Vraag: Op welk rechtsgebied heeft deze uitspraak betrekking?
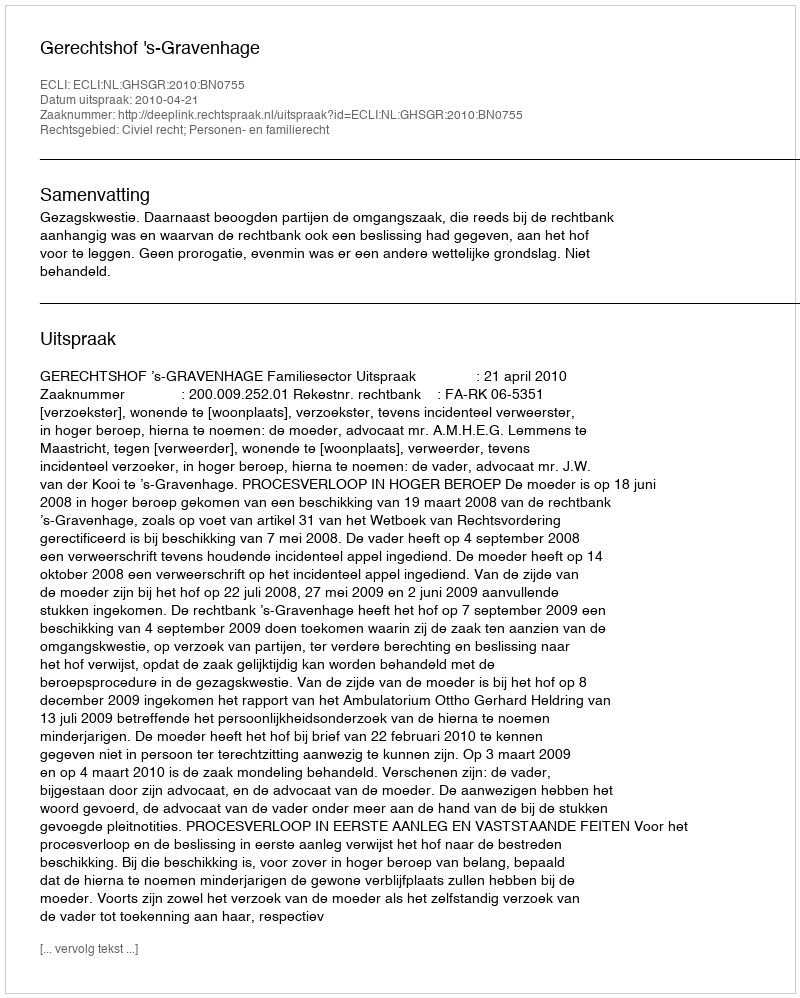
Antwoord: Civiel recht; Personen- en familierecht